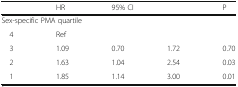
|  | HR | <COLSPAN=2> 95% CI | P |
 | --- | --- | --- | --- | --- |
 | <COLSPAN=5> Sex-specific PMA quartile |
 | 4 | Ref |  |  |  |
 | 3 | 1.09 | 0.70 | 1.72 | 0.70 |
 | 2 | 1.63 | 1.04 | 2.54 | 0.03 |
 | 1 | 1.85 | 1.14 | 3.00 | 0.01 |